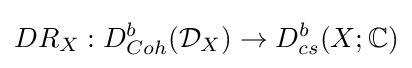
DR_{X}:D_{Coh}^{b}({\mathcal {D}}_{X})\to D_{cs}^{b}(X;\mathbb {C} )